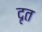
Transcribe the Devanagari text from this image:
दृत